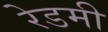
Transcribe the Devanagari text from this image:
रेडमी